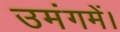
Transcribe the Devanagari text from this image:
उमंगमें।